Leaving Certificate Examination (including Day School Certificate (Higher) General paper), 1926
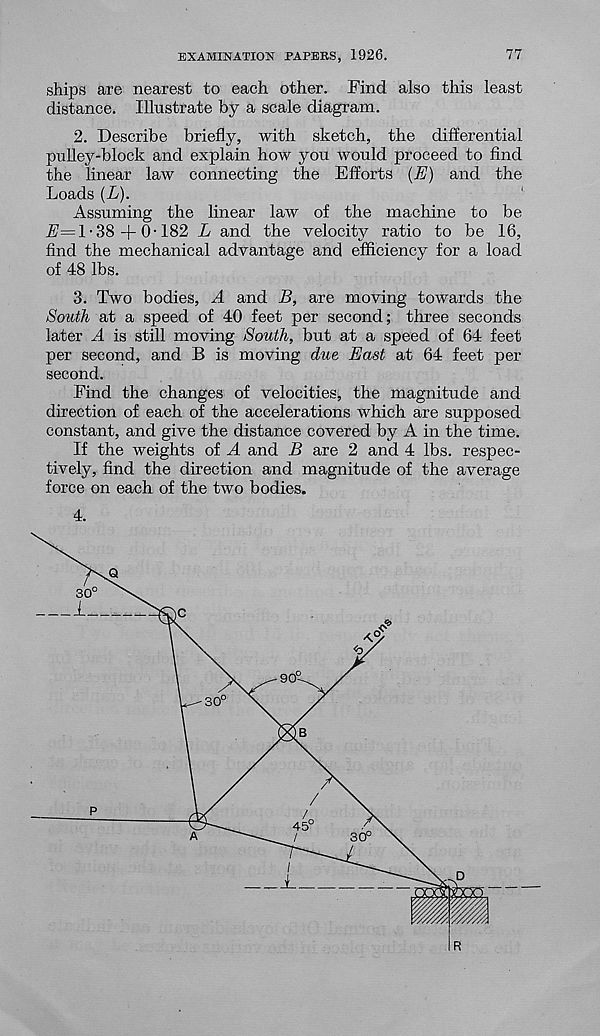
EXAMINATION PAPERS, 1926.
77
ships are nearest to each other. Find also this least
distance. Illustrate by a scale diagram.
2. Describe briefly, with sketch, the differential
pulley-block and explain how you would proceed to find
the linear law connecting the Efforts (E) and the
Loads (L).
Assuming the linear law of the machine to be
1-38 +0-182 L and the velocity ratio to be 16,
find the mechanical advantage and efficiency for a load
of 48 lbs.
3. Two bodies, A and B, are moving towards the
South at a speed of 40 feet per second; three seconds
later A is still moving South, but at a speed of 64 feet
per second, and B is moving due East at 64 feet per
second.
Find the changes of velocities, the magnitude and
direction of each of the accelerations which are supposed
constant, and give the distance covered by A in the time.
If the weights of A and B are 2 and 4 lbs. respec-
tively, find the direction and magnitude of the average
force on each of the two bodies.
4.